Lunatic asylums Punjab 1868-1880 - 1868-1880
Year: 1868
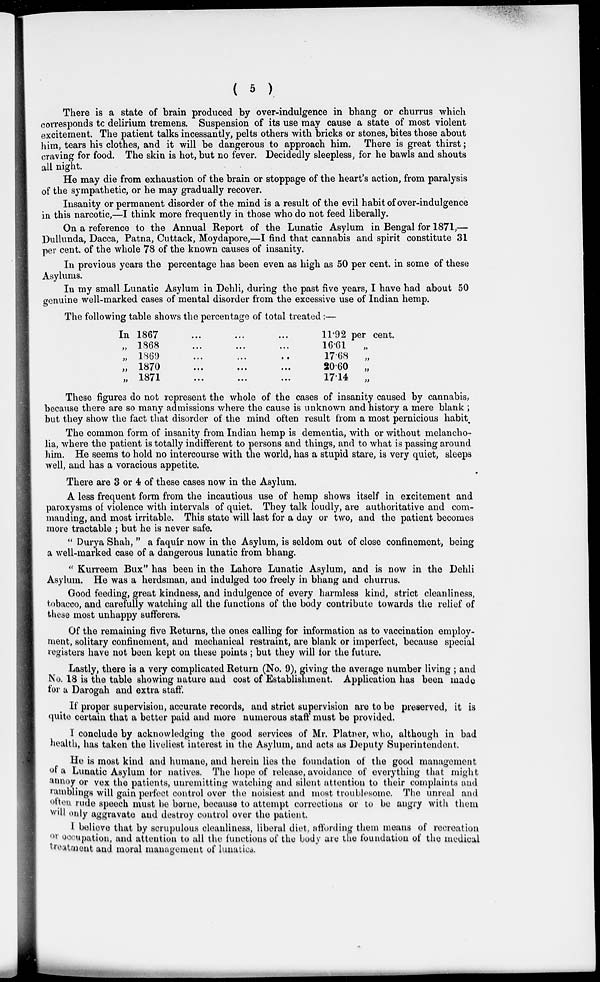
( 5 )
There is a state of brain produced by over-indulgence in bhang or churrus which
corresponds tc delirium tremens. Suspension of its use may cause a state of most violent
excitement. The patient talks incessantly, pelts others with bricks or stones, bites those about
him, tears his clothes, and it will be dangerous to approach him. There is great thirst;
craving for food. The skin is hot, but no fever. Decidedly sleepless, for he bawls and shouts
all night.
He may die from exhaustion of the brain or stoppage of the heart's action, from paralysis
of the sympathetic, or he may gradually recover.
Insanity or permanent disorder of the mind is a result of the evil habit of over-indulgence
in this narcotic,—I think more frequently in those who do not feed liberally.
On a reference to the Annual Report of the Lunatic Asylum in Bengal for 1871,—
Dullunda, Dacca, Patna, Cuttack, Moydapore,—I find that cannabis and spirit constitute 31
per cent. of the whole 78 of the known causes of insanity.
In previous years the percentage has been even as high as 50 per cent. in some of these
Asylums.
In my small Lunatic Asylum in Dehli, during the past five years, I have had about 50
genuine well-marked cases of mental disorder from the excessive use of Indian hemp.
The following table shows the percentage of total treated:—
In 1867... ... ...
„ 1868... ... ...
„ 1869... ... ...
„
1870
...
...
...
„
1871
...
...
...
11.92 per cent.
16.61 „
17.68 „
20.60 „
17.14 „
These figures do not represent the whole of the cases of insanity caused by cannabis,
because there are so many admissions where the cause is unknown and history a mere blank ;
but they show the fact that disorder of the mind often result from a most pernicious habit.
The common form of insanity from Indian hemp is dementia, with or without melancho-
lia, where the patient is totally indifferent to persons and things, and to what is passing around
him. He seems to hold no intercourse with the world, has a stupid stare, is very quiet, sleeps
well, and has a voracious appetite.
There are 3 or 4 of these cases now in the Asylum.
A less frequent form from the incautious use of hemp shows itself in excitement and
paroxysms of violence with intervals of quiet. They talk loudly, are authoritative and com-
manding, and most irritable. This state will last for a day or two, and the patient becomes
more tractable ; but he is never safe.
" Durya Shah, " a faquir now in the Asylum, is seldom out of close confinement, being
a well-marked case of a dangerous lunatic from bhang.
" Kurreem Bux" has been in the Lahore Lunatic Asylum, and is now in the Dehli
Asylum. He was a herdsman, and indulged too freely in bhang and churrus.
Good feeding, great kindness, and indulgence of every harmless kind, strict cleanliness,
tobacco, and carefully watching all the functions of the body contribute towards the relief of
these most unhappy sufferers.
Of the remaining five Returns, the ones calling for information as to vaccination employ-
ment, solitary confinement, and mechanical restraint, are blank or imperfect, because special
registers have not been kept on these points; but they will for the future.
Lastly, there is a very complicated Return (No. 9), giving the average number living ; and
No. 18 is the table showing nature and cost of Establishment. Application has been made
for a Darogah and extra staff.
If proper supervision, accurate records, and strict supervision are to be preserved, it is
quite certain that a better paid and more numerous staff must be provided.
I conclude by acknowledging the good services of Mr. Platner, who, although in bad
health, has taken the liveliest interest in the Asylum, and acts as Deputy Superintendent.
He is most kind and humane, and herein lies the foundation of the good management
of a Lunatic Asylum for natives. The hope of release, avoidance of everything that might
annoy or vex the patients, unremitting watching and silent attention to their complaints and
ramblings will gain perfect control over the noisiest and most troublesome. The unreal and
often rude speech must be borne, because to attempt corrections or to be angry with them
will only aggravate and destroy control over the patient.
I believe that by scrupulous cleanliness, liberal diet, affording them means of recreation
or occupation, and attention to all the functions of the body are the foundation of the medical
treatment and moral management of lunatics.